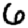
Digit: 6